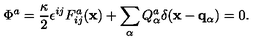
\Phi ^ { a } = { \frac { \kappa } { 2 } } \epsilon ^ { i j } F _ { i j } ^ { a } ( { \bf x } ) + \sum _ { \alpha } Q _ { \alpha } ^ { a } \delta ( { \bf x } - { \bf q } _ { \alpha } ) = 0 .